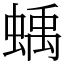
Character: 蝺